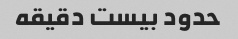
حدود بیست دقیقه